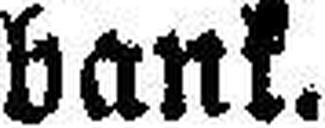
bank.